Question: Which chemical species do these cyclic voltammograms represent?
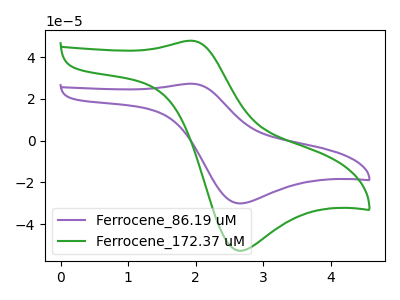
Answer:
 <answer>The purple curve is labeled "Ferrocene_86.19 uM". The green curve is labeled "Ferrocene_172.37 uM".</answer>
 <eval></eval>